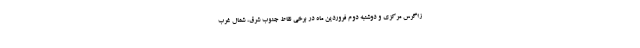
زاگرس مرکزی و دوشنبه دوم فروردین ماه در برخی نقاط جنوب شرق، شمال غرب